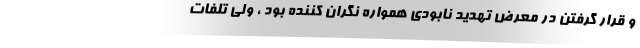
و قرار گرفتن در معرض تهدید نابودی همواره نگران کننده بود ، ولی تلفات